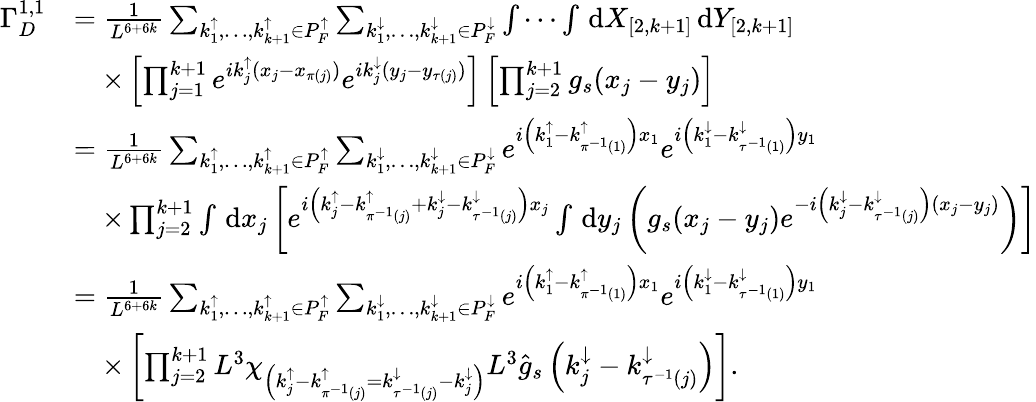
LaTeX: \begin{array}{rl}{\Gamma_{D}^{1,1}}&{=\frac{1}{L^{6+6k}}\sum_{k_{1}^{\uparrow},\ldots,k_{k+1}^{\uparrow}\in P_{F}^{\uparrow}}\sum_{k_{1}^{\downarrow},\ldots,k_{k+1}^{\downarrow}\in P_{F}^{\downarrow}}\idotsint\, \textnormal{d}X_{[2,k+1]}\, \textnormal{d}Y_{[2,k+1]}}\\ &{\quad\times\left[\prod_{j=1}^{k+1}e^{ik_{j}^{\uparrow}(x_{j}-x_{\pi(j)})}e^{ik_{j}^{\downarrow}(y_{j}-y_{\tau(j)})}\right]\left[\prod_{j=2}^{k+1}g_{s}(x_{j}-y_{j})\right]}\\ &{=\frac{1}{L^{6+6k}}\sum_{k_{1}^{\uparrow},\ldots,k_{k+1}^{\uparrow}\in P_{F}^{\uparrow}}\sum_{k_{1}^{\downarrow},\ldots,k_{k+1}^{\downarrow}\in P_{F}^{\downarrow}}e^{i\left(k_{1}^{\uparrow}-k_{\pi^{-1}(1)}^{\uparrow}\right)x_{1}}e^{i\left(k_{1}^{\downarrow}-k_{\tau^{-1}(1)}^{\downarrow}\right)y_{1}}}\\ &{\quad\times\prod_{j=2}^{k+1}\int\, \textnormal{d}x_{j}\left[e^{i\left(k_{j}^{\uparrow}-k_{\pi^{-1}(j)}^{\uparrow}+k_{j}^{\downarrow}-k_{\tau^{-1}(j)}^{\downarrow}\right)x_{j}}\int\, \textnormal{d}y_{j}\left(g_{s}(x_{j}-y_{j})e^{-i\left(k_{j}^{\downarrow}-k_{\tau^{-1}(j)}^{\downarrow}\right)(x_{j}-y_{j})}\right)\right]}\\ &{=\frac{1}{L^{6+6k}}\sum_{k_{1}^{\uparrow},\ldots,k_{k+1}^{\uparrow}\in P_{F}^{\uparrow}}\sum_{k_{1}^{\downarrow},\ldots,k_{k+1}^{\downarrow}\in P_{F}^{\downarrow}}e^{i\left(k_{1}^{\uparrow}-k_{\pi^{-1}(1)}^{\uparrow}\right)x_{1}}e^{i\left(k_{1}^{\downarrow}-k_{\tau^{-1}(1)}^{\downarrow}\right)y_{1}}}\\ &{\quad\times\left[\prod_{j=2}^{k+1}L^{3}\chi_{\left(k_{j}^{\uparrow}-k_{\pi^{-1}(j)}^{\uparrow}=k_{\tau^{-1}(j)}^{\downarrow}-k_{j}^{\downarrow}\right)}L^{3}\hat{g}_{s}\left(k_{j}^{\downarrow}-k_{\tau^{-1}(j)}^{\downarrow}\right)\right].}\end{array}